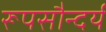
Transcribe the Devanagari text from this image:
रूपसौन्दर्य